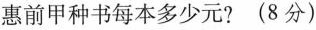
惠前甲种书每本多少元?(8分)